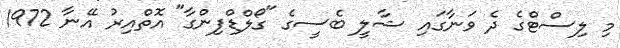
މި ލިސްޓްގެ ދެ ވަނާގައި ޝާލީ ބެސީގެ "ގޯލްޑްފިންގާ" އޮތްއިރު އޭނާ 1972